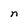
Character: n